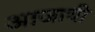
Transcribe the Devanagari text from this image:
आजाची